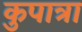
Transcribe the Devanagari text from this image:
कुपात्रा